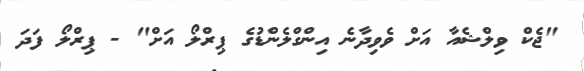
"ޖެކް ވިލްޝެއާ އަށް ވެވިދާނެ އިންގްލެންޑުގެ ޕިރްލޯ އަށް" - ޕިރްލޯ ފަދަ